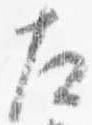
左